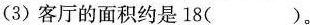
(3)客厅的面积约是18()。